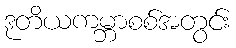
ဒုတိယကမ္ဘာစစ်အတွင်း